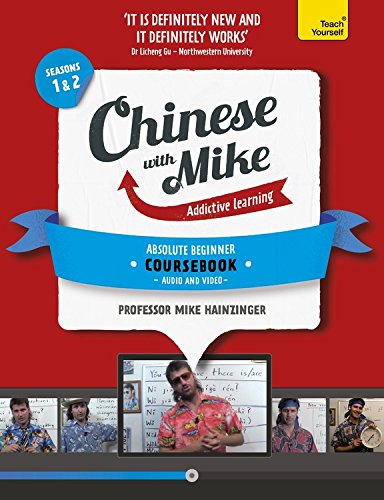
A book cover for Learn Chinese with Mike Absolute Beginner Coursebook Seasons 1 & 2; Mike Hainzinger; Travel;